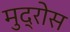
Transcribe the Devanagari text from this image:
मुद्रोस